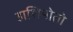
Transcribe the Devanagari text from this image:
हाशिमोतो